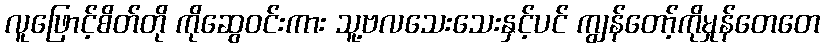
လူဖြောင့်စိတ်တို ကိုဆွေဝင်းကား သူ့ဗလသေးသေးနှင့်ပင် ကျွန်တော့်ကိုမှုန်တေတေ